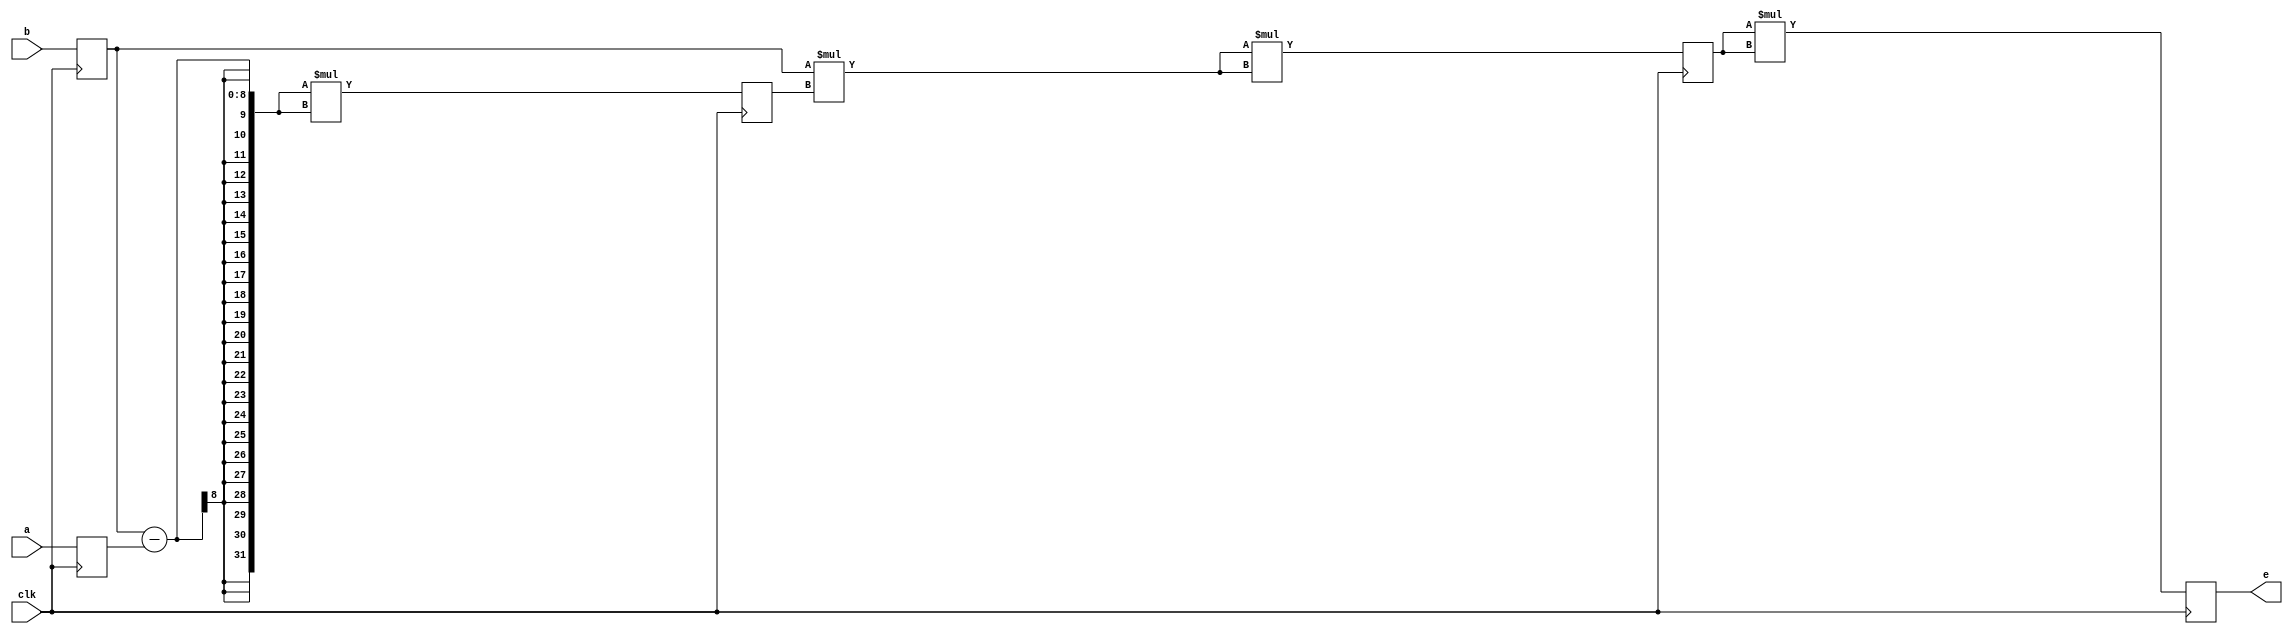
module concept_2 (
    input clk,
    input [7:0] a,
    input [7:0] b,
    output reg [63:0] e
  );
  
  
  
  reg [7:0] M_a_reg_d, M_a_reg_q = 1'h0;
  reg [7:0] M_b_reg_d, M_b_reg_q = 1'h0;
  reg [63:0] M_e_reg_d, M_e_reg_q = 1'h0;
  reg [31:0] M_temp_a_d, M_temp_a_q = 1'h0;
  reg [31:0] M_temp_b_d, M_temp_b_q = 1'h0;
  
  always @* begin
    M_temp_a_d = M_temp_a_q;
    M_temp_b_d = M_temp_b_q;
    M_a_reg_d = M_a_reg_q;
    M_b_reg_d = M_b_reg_q;
    M_e_reg_d = M_e_reg_q;
    
    M_a_reg_d = a;
    M_b_reg_d = b;
    e = M_e_reg_q;
    M_temp_a_d = (M_b_reg_q - M_a_reg_q) * (M_b_reg_q - M_a_reg_q);
    M_temp_b_d = (M_b_reg_q * M_temp_a_q) * (M_b_reg_q * M_temp_a_q);
    M_e_reg_d = M_temp_b_q * M_temp_b_q;
  end
  
  always @(posedge clk) begin
    M_a_reg_q <= M_a_reg_d;
    M_b_reg_q <= M_b_reg_d;
    M_e_reg_q <= M_e_reg_d;
    M_temp_a_q <= M_temp_a_d;
    M_temp_b_q <= M_temp_b_d;
  end
  
endmodule